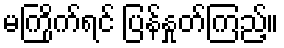
မကြိုက်ရင် ပြန်နှုတ်ကြည့်။